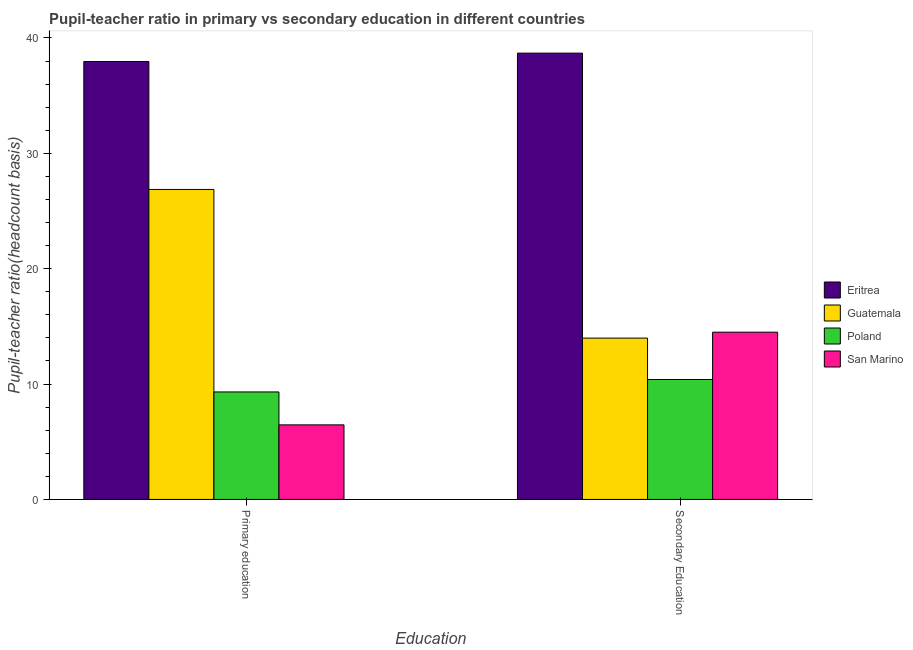
| Education | Eritrea | Guatemala | Poland | San Marino |
 | --- | --- | --- | --- | --- |
 | Primary education | 38 | 26.9 | 9.32 | 6.46 |
 | Secondary Education | 38.7 | 14 | 10.4 | 14.5 |